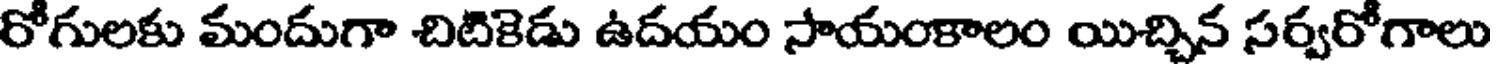
రోగులకు మందుగా చిటికెడు ఉదయం సాయంకాలం యిచ్చిన సర్వరోగాలు